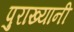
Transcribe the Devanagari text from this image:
पुराख्यानी